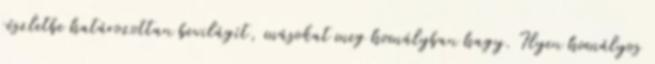
részletbe határozottan bevilágít, másokat meg homályban hagy. Ilyen homályos